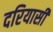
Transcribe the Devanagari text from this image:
दरियासी